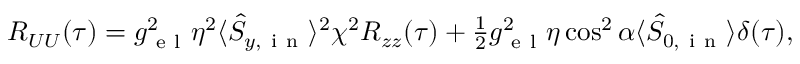
\begin{array} { r } { R _ { U U } ( \tau ) = g _ { \mathrm { ~ e ~ l ~ } } ^ { 2 } \eta ^ { 2 } \langle \hat { S } _ { y , \mathrm { ~ i ~ n ~ } } \rangle ^ { 2 } \chi ^ { 2 } R _ { z z } ( \tau ) + \frac { 1 } { 2 } g _ { \mathrm { ~ e ~ l ~ } } ^ { 2 } \eta \cos ^ { 2 } \alpha \langle \hat { S } _ { 0 , \mathrm { ~ i ~ n ~ } } \rangle \delta ( \tau ) , } \end{array}